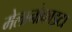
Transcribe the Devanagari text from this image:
मेलानोकाइटा